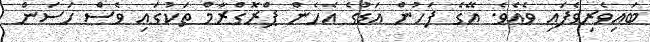
ބައިވެރިވެފައި ވެއެވެ. އޭގެ ފަހުން އަޑުގެ އެހެން ޕްރޮގްރާމް ތަކުގައި ވެސް ހަސަން